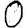
Digit: 0